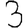
Digit: 3